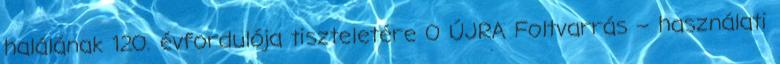
halálának 120. évfordulója tiszteletére 0 ÚJRA Foltvarrás – használati